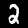
Digit: 2